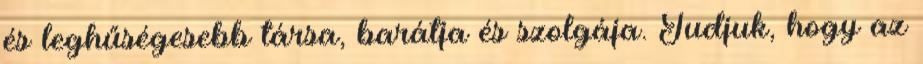
és leghűségesebb társa, barátja és szolgája. Tudjuk, hogy az